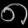
Digit: ၈